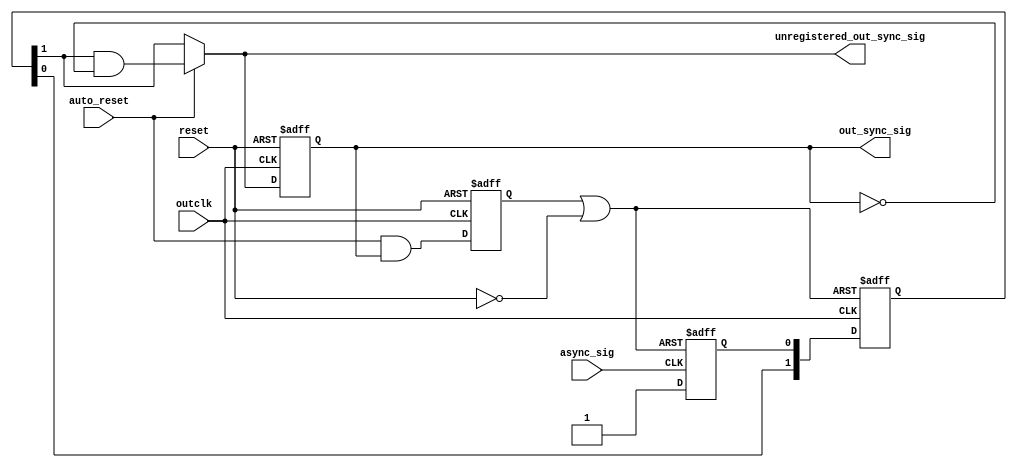
`default_nettype none
module async_trap_and_reset_gen_1_pulse_robust (
async_sig, 
outclk, 
out_sync_sig, 
auto_reset, 
unregistered_out_sync_sig,
reset);

parameter synchronizer_depth = 2;
/* this module traps an asyncronous signal async_sig and syncronizes it via 2 flip-flops to outclk. The resulting
   signal is named out_sync_sig. auto_reset tells the module whether to do an auto-reset of out_sync_sig after 2 clocks.
   reset is an asynchronous reset signal. The reset signal is active LOW. */


input async_sig, outclk, auto_reset, reset;
output out_sync_sig;
output unregistered_out_sync_sig;

(* keep = 1, preserve = 1 *) reg async_trap=0;
(* keep = 1, preserve = 1 *) wire async_sig_keeper;
(* keep = 1, preserve = 1 *) wire sync1;
(* keep = 1, preserve = 1 *) reg  sync2=0;

reg actual_auto_reset_signal;

wire unregistered_out_ce;

wire actual_async_sig_reset;

wire auto_reset_signal =  auto_reset && sync2;

assign actual_async_sig_reset = actual_auto_reset_signal || (!reset);


assign out_sync_sig = sync2;


assign async_sig_keeper = async_sig;

`ifdef USE_CLOCK_KEEPER_IN_ASYNC_TRAP_AND_RESET
always @ (posedge async_sig_keeper or posedge actual_async_sig_reset)
`else
always @ (posedge async_sig or posedge actual_async_sig_reset)
`endif
begin
	 if (actual_async_sig_reset)
	 	async_trap <= 1'b0;
	 else
	 	async_trap <= 1'b1;
end

assign unregistered_out_sync_sig = auto_reset ? sync1 & !(sync2) : sync1;

always @ (posedge outclk or negedge reset)
begin
	 if (~reset)
	 begin
		  sync2 <= 1'b0;
	 end else
	 begin
		  sync2 <= unregistered_out_sync_sig;
	 end
end


`ifdef SOFTWARE_IS_QUARTUS

      my_altera_std_synchronizer_nocut
      the_altera_std_synchronizer    (
                                .clk(outclk), 
                                .reset_n(!actual_async_sig_reset), 
                                .din(async_trap), 
                                .dout(sync1)
                                );
								
		defparam the_altera_std_synchronizer.depth = synchronizer_depth;

`else
						//special coding for SRL16 inference in Xilinx devices
						reg [synchronizer_depth-1:0] sync_srl16_inferred;
						always @(posedge outclk or posedge actual_async_sig_reset)
						begin
								if (actual_async_sig_reset)
								begin
									  sync_srl16_inferred[synchronizer_depth-1:0]<= 0;
								end
								else
								begin
									  sync_srl16_inferred[synchronizer_depth-1:0] <= {sync_srl16_inferred[synchronizer_depth-2:0], async_trap};
								end
						end
						
						assign sync1 = sync_srl16_inferred[synchronizer_depth-1];
										
`endif

always @ (negedge outclk or negedge reset)
begin
	if (~reset)
		 actual_auto_reset_signal <= 1'b0;
	else
		 actual_auto_reset_signal <= auto_reset_signal;
end

endmodule
`default_nettype wire